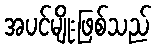
အပင်မျိုးဖြစ်သည်